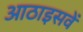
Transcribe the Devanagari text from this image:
आठाइसवें